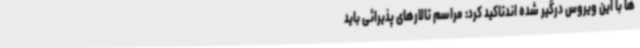
ها با این ویروس درگیر شده اندتاکید کرد: مراسم تالارهای پذیرائی باید